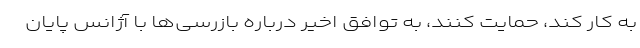
به کار کند، حمایت کنند، به توافق اخیر درباره بازرسی‌ها با آژانس پایان